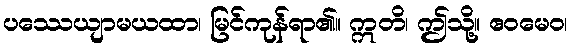
ပဿေယျာမယထာ၊ မြင်ကုန်ရာ၏။ ဣတိ၊ ဤသို့။ ဧဝမေဝ၊